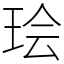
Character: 㻅